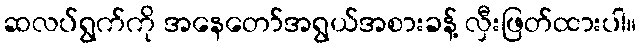
ဆလပ်ရွက်ကို အနေတော်အရွယ်အစားခန့် လှီးဖြတ်ထားပါ။